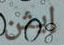
إيثن